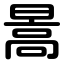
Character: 暠